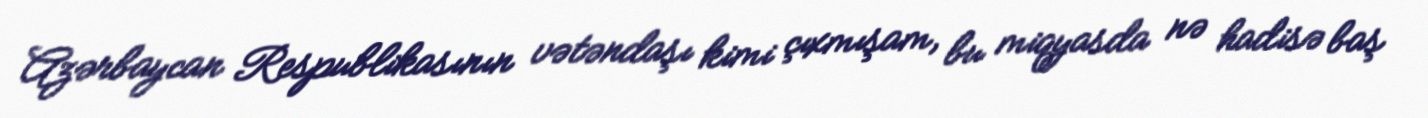
Azərbaycan Respublikasının vətəndaşı kimi çıxmışam, bu miqyasda nə hadisə baş